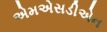
એમએસડીએન